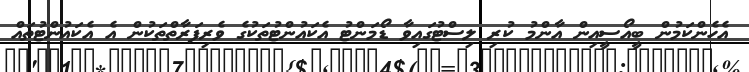
އެހެންކަމުން ބީއޯސީއިން އާންމު ކުރި ލިސްޓުގައިވާ ޑޯމަންޓު އެކައުންޓުތަކުގެ ވެރިފަރާތްތަކުން އެ އެކައުންޓުތައް